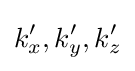
k'_{x},k'_{y},k'_{z}